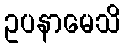
ဥပနာမေသိ